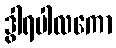
ဒွါရပါလကော